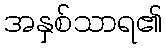
အနှစ်သာရ၏